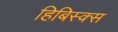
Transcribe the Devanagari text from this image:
हिबिस्क्‍स